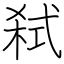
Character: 弑